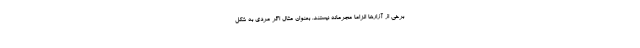
برخی از آزارها الزاماً مجرمانه نیستند. بعنوان مثال اگر مردی به شکل